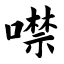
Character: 噤